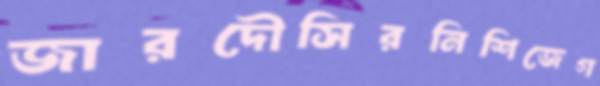
জারদৌসিরনিশিজেগ